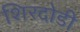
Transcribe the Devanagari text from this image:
शिरदोडी